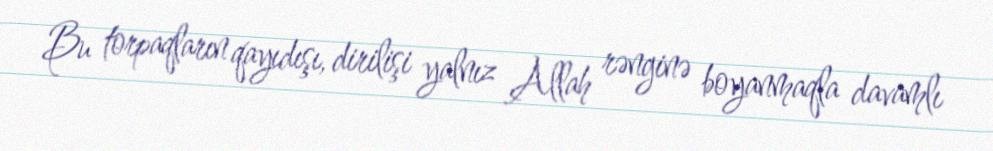
Bu torpaqların qayıdışı, dirilişi yalnız Allah rənginə boyanmaqla davamlı